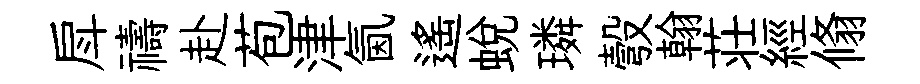
戽禱赴苞津氤遥蜕璘彀翰荘經翛